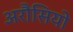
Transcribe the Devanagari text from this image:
अरौसियो